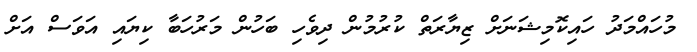
މުހައްމަދު ހައިކޮމިޝަނަށް ޒިޔާރަތް ކުރުމުން ދިވެހި ބަހުން މަރުހަބާ ކިޔައި އަވަސް އަށް